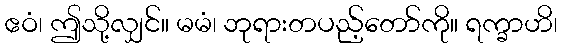
ဧဝံ၊ ဤသို့လျှင်။ မမံ၊ ဘုရားတပည့်တော်ကို။ ရက္ခာဟိ၊